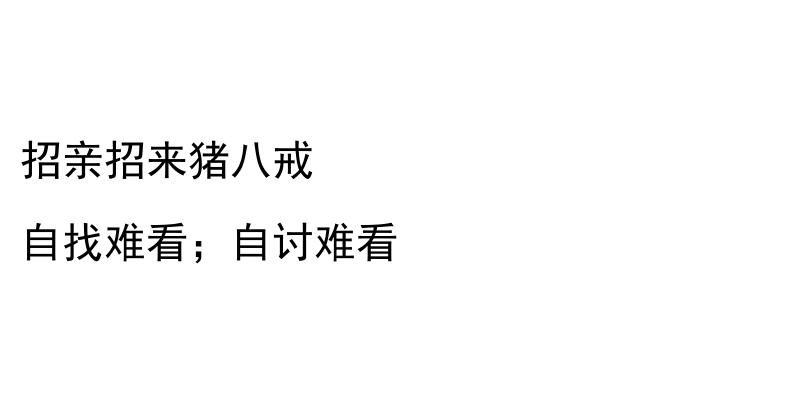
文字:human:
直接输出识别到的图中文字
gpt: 招亲招来猪八戒 自找难看；自讨难看